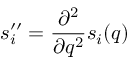
s _ { i } ^ { \prime \prime } = \frac { \partial ^ { 2 } } { \partial q ^ { 2 } } s _ { i } ( q )